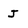
Character: j